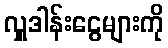
လှူဒါန်းငွေများကို